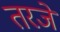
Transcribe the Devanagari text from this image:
तरजे